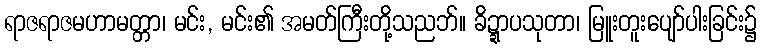
ရာဇရာဇမဟာမတ္တာ၊ မင်း, မင်း၏ အမတ်ကြီးတို့သညဘ်။ ခိဍ္ဍာပသုတာ၊ မြူးတူးပျော်ပါးခြင်း၌